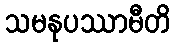
သမနုပဿာမီတိ